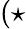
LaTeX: ({\star}